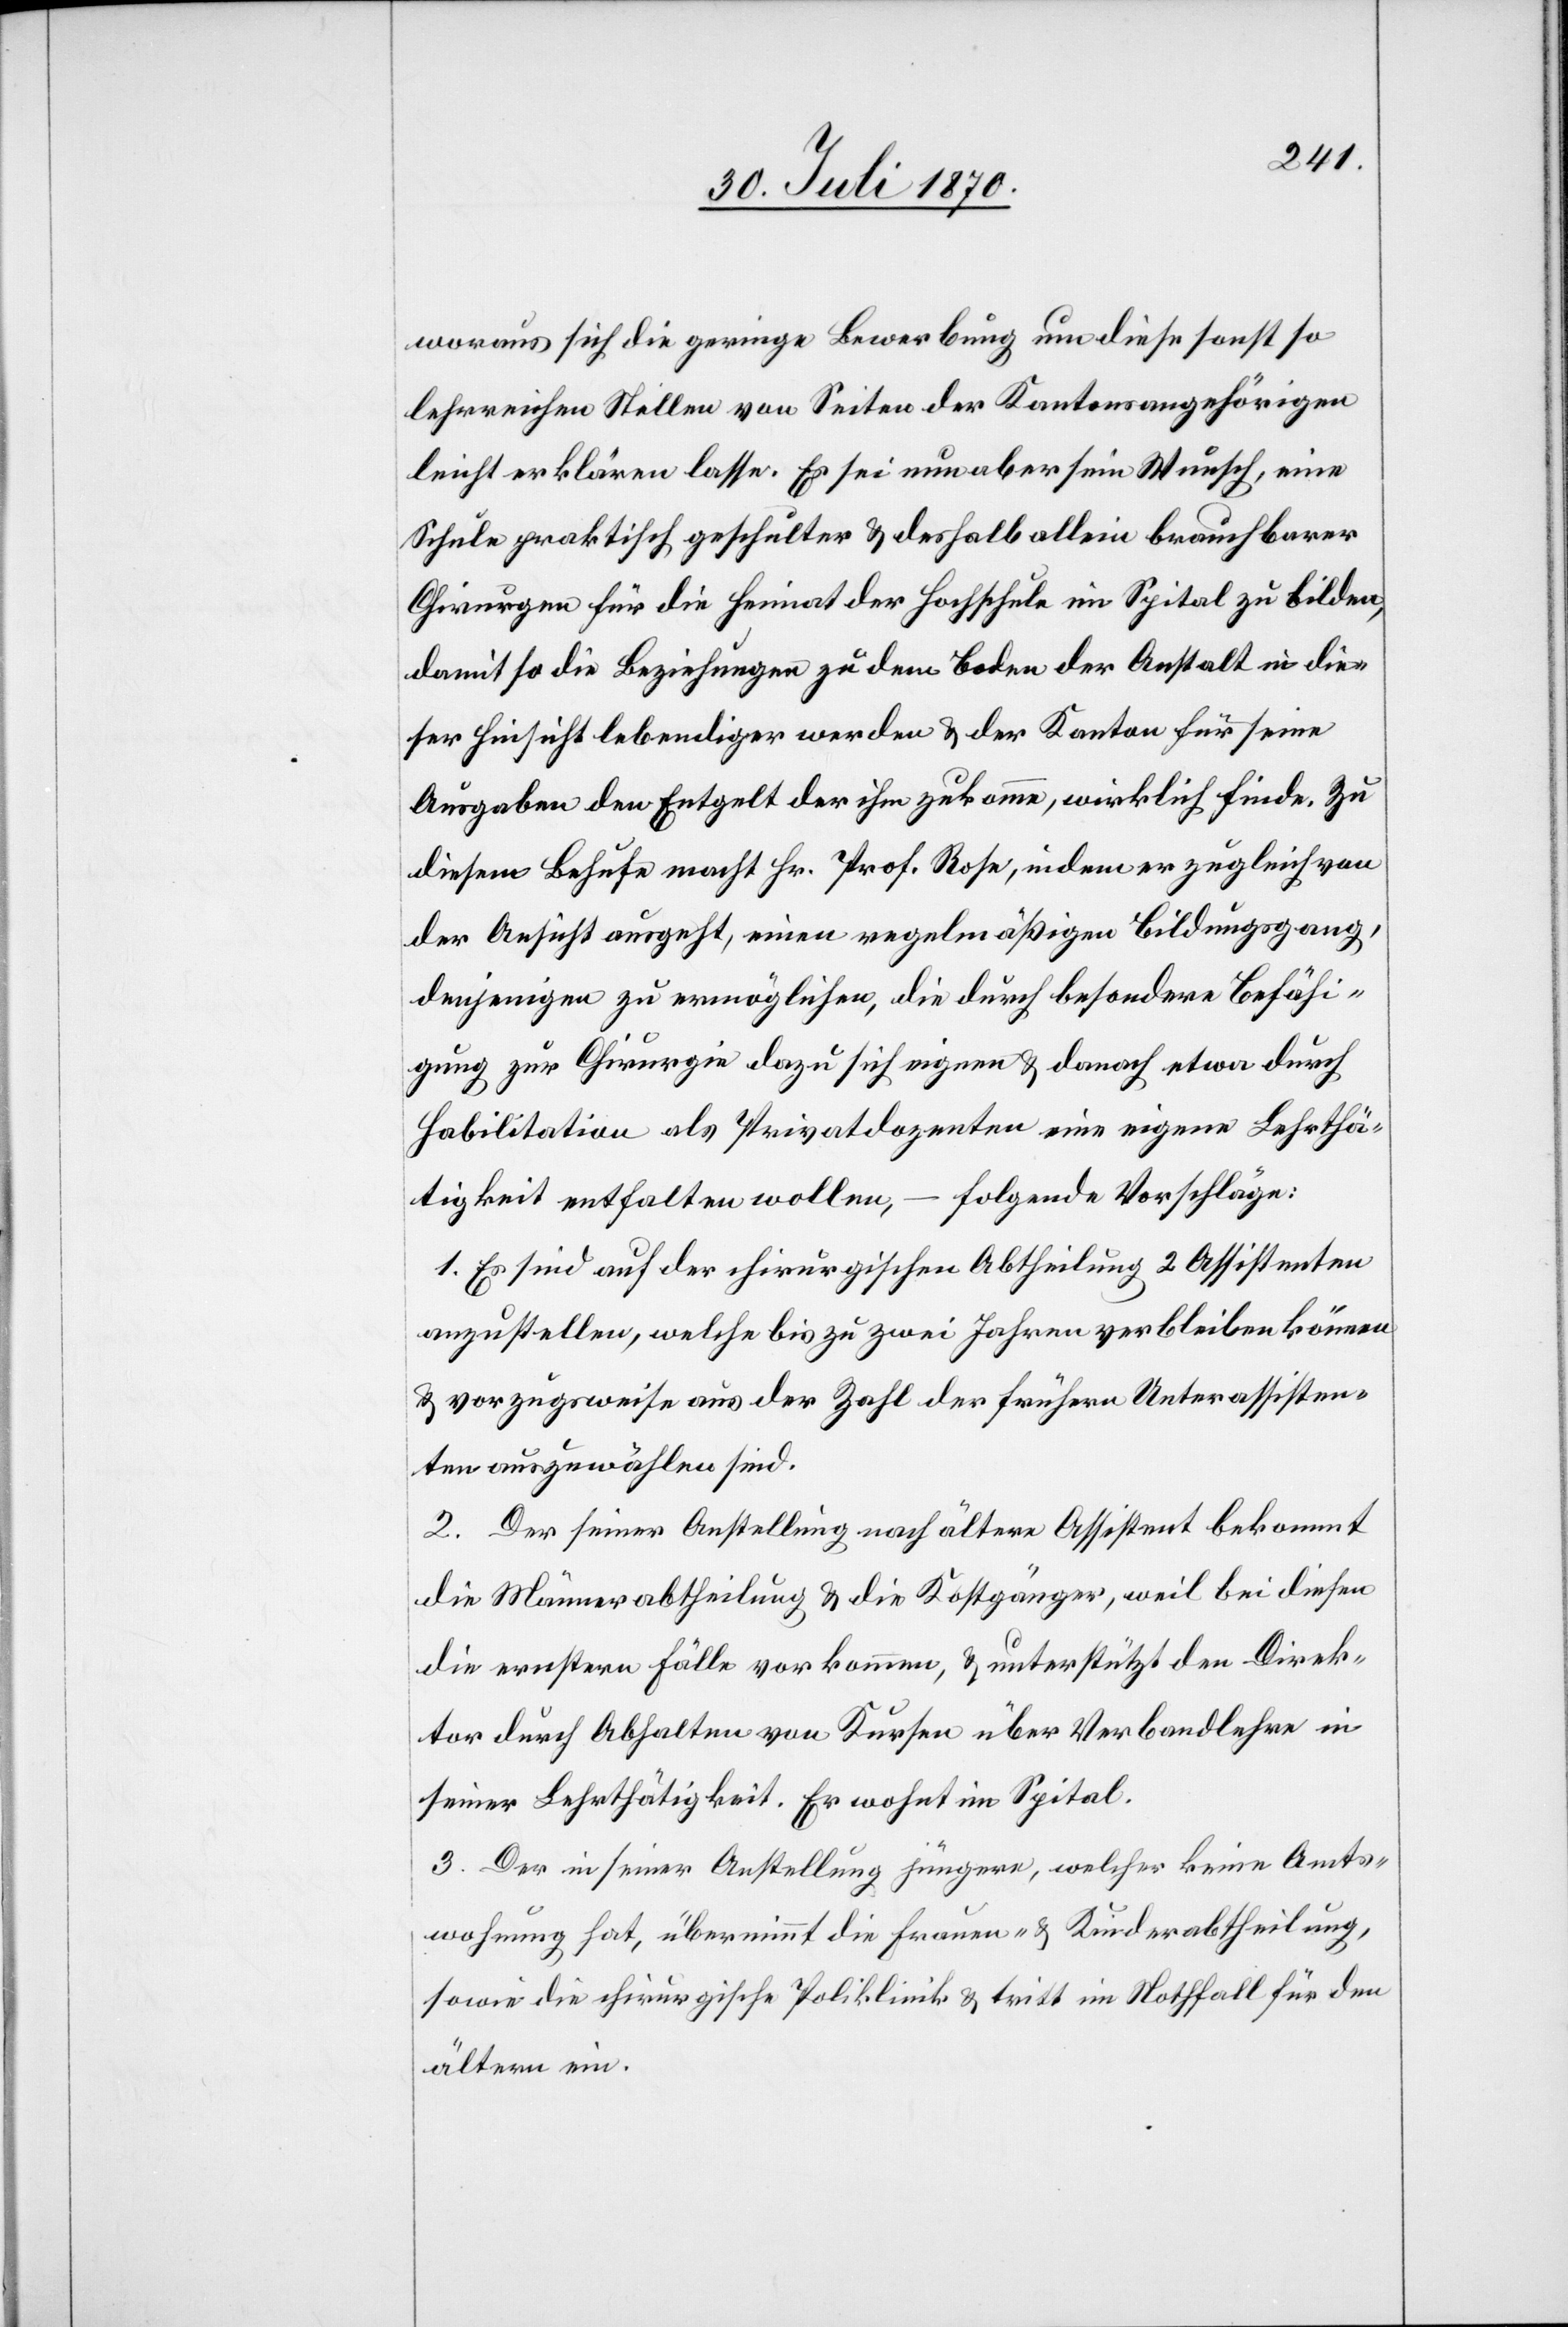
woraus sich die geringe Bewerbung um diese sonst so
lehrreichen Stellen von Seiten der Kantonsangehörigen
leicht erklären lasse. Es sei nun aber sein Wunsch, eine
Schule praktisch geschulter & deshalb allein brauchbarer
Chirurgen für die Heimat der Hochschule im Spital zu bilden,
damit so die Beziehungen zu dem Boden der Anstalt in die¬
ser Hinsicht lebendiger werden & der Kanton für seine
Ausgaben den Entgelt der ihm zukomme, wirklich finde. Zu
diesem Behufe macht Hr. Prof. Rose, indem er zugleich von
der Ansicht ausgeht, einen regelmäßigen Bildungsganz,
denjenigen zu ermöglichen, die durch besondere Befähi¬
gung zur Chirurgie dazu sich eignen & danach etwa durch
Habilitation als Privatdozenten eine eigene Lehrthä¬
tigkeit entfalten wolle, – folgende Vorschläge:
1. Es sind auf der chirurgischen Abtheilung 2 Assistenten
anzustellen, welche bis zu zwei Jahren verbleiben können
& vorzugsweise aus der Zahl der frühern Unterassisten¬
ten auszuwählen sind.
2. Der seiner Anstellung nach ältere Assistent bekommt
die Männerabtheilung & die Kostgänger, weil bei diesen
die ernsten Fälle vorkommen, & unterstützt den Direk¬
tor durch Abhalten von Kursen über Verbandlehre in
seiner Lehrthätigkeit. Er wohnt im Spital.
3. Der in seiner Anstellung jüngere, welcher keine Amts¬
wohnung hat, übernimmt die Frauen- & Kinderabtheilung,
sowie die chirurgische Poliklinik & tritt im Nothfall für den
ältern ein.